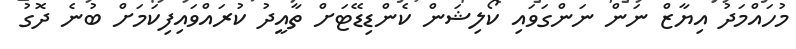
މުހައްމަދު އިޔާޒް ނަން ނަންގަވައި ކޯލިޝަން ކެންޑިޑޭޓަށް ތާއީދު ކުރައްވައިފިކަމަށް ބުނެ ދޮގު